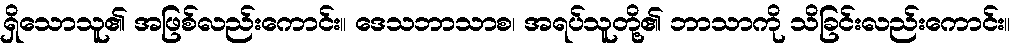
ရှိသောသူ၏ အဖြစ်လည်းကောင်း။ ဒေသဘာသာစ၊ အရပ်သူတို့၏ ဘာသာကို သိခြင်းလည်းကောင်း။